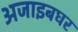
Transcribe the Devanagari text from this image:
अजाइबघर